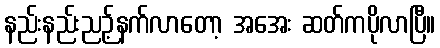
နည်းနည်းညဉ့်နက်လာတော့ အအေး ဆတ်ကပိုလာပြီ။